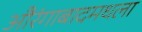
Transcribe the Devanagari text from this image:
औरंगाबादमधला